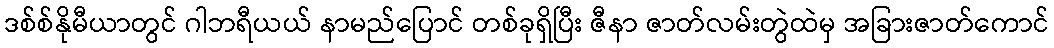
ဒစ်စ်နိုမီယာတွင် ဂါဘရီယယ် နာမည်ပြောင် တစ်ခုရှိပြီး ဇီနာ ဇာတ်လမ်းတွဲထဲမှ အခြားဇာတ်ကောင်